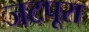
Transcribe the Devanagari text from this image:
जटपूरा